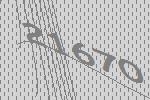
21670